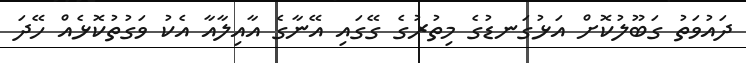
ދައުވަތު ގަބޫލުކޮށް އަޅުގަނޑުގެ މިތުރުގެ ގޭގައި އޭނާގެ އާއިލާއާ އެކު ވަގުތުކޮޅެއް ހޭދަ